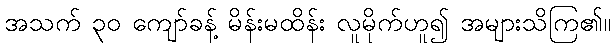
အသက် ၃၀ ကျော်ခန့် မိန်းမထိန်း လူမိုက်ဟူ၍ အများသိကြ၏။